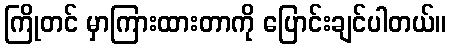
ကြိုတင် မှာကြားထားတာကို ပြောင်းချင်ပါတယ်။